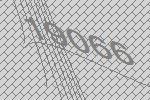
19066